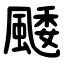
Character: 䬐